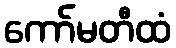
ကော်မတီထံ